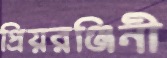
প্রিয়রঞ্জিনী